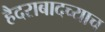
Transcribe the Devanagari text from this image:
हैदराबादच्याच